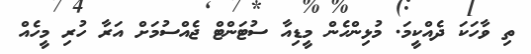
ތި ވާހަކަ ދެއްކީމަ. މުޅިންހެން މީޑިއާ ސުޓަންޓް ޖެއްސުމަށް އަރާ ހުރި މީހެއް